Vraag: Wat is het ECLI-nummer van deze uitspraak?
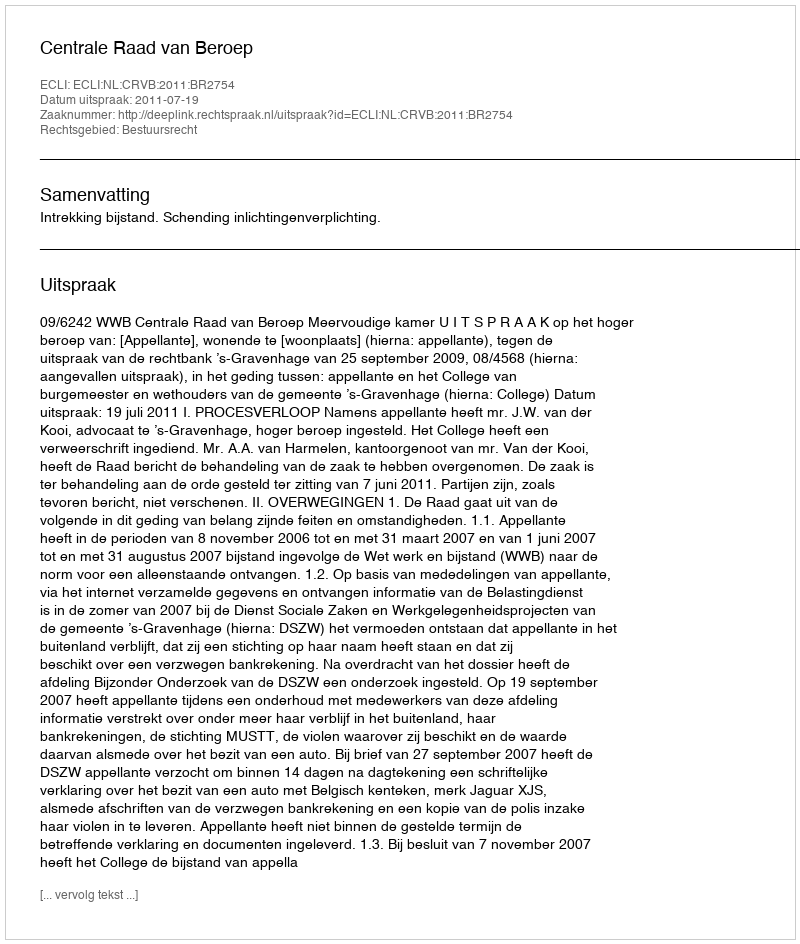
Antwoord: ECLI:NL:CRVB:2011:BR2754